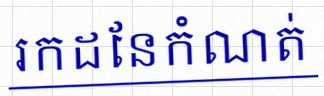
រកដែនកំណត់